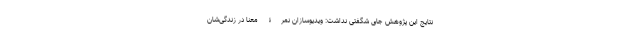
نتایج این پژوهش جای شگفتی نداشت: ویدیوسازان نمرۀ معنا در زندگی‌شان